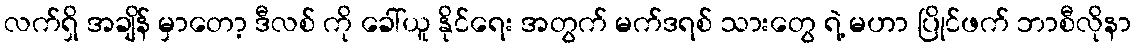
လက်ရှိ အချိန် မှာတော့ ဒီလစ် ကို ခေါ်ယူ နိုင်ရေး အတွက် မက်ဒရစ် သားတွေ ရဲ့ မဟာ ပြိုင်ဖက် ဘာစီလိုနာ